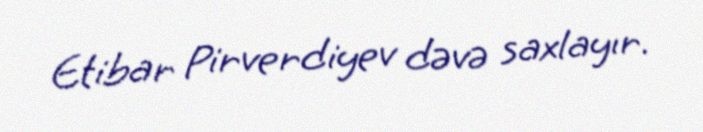
Etibar Pirverdiyev dəvə saxlayır.